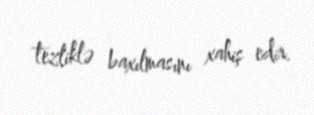
tezliklə baxılmasını xahiş edir.